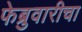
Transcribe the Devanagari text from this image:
फेब्रुवारीचा